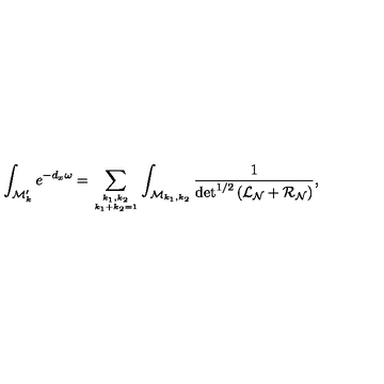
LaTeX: \int _ { { \cal M } _ { k } ^ { \prime } } e ^ { - d _ { x } \omega } = \sum _ { \sb { k _ { 1 } , k _ { 2 } } \atop k _ { 1 } + k _ { 2 } = 1 } \int _ { { \cal M } _ { k _ { 1 } , k _ { 2 } } } \frac { 1 } { \det ^ { 1 / 2 } \left( { \cal L } _ { \cal N } + { \cal R } _ { \cal N } \right) } ,